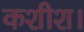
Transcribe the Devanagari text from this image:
कशीश।